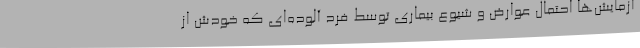
آزمایش‌ها احتمال عوارض و شیوع بیماری توسط فرد آلوده‌ای که خودش از